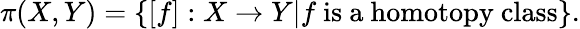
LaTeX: \pi(X,Y)=\{ [f]:X\to Y|f{\mathrm{~is~a~homotopy~class}}\} .